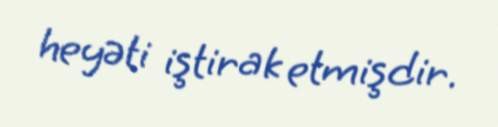
heyəti iştirak etmişdir.